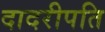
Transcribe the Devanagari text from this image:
दादरीपति